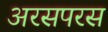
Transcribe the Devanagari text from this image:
अरसपरस